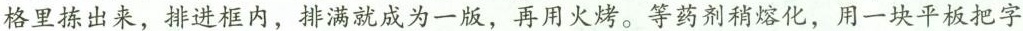
格里拣出来，排进框内，排满就成为一版，再用火烤。等药剂稍熔化，用一块平板把字